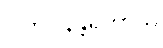
ဝါတပါနန္တရိကာယ